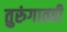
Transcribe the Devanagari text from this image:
तुरुंगातही